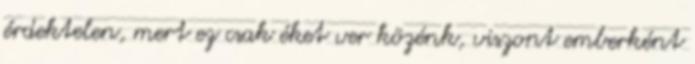
érdektelen, mert ez csak éket ver közénk, viszont emberként